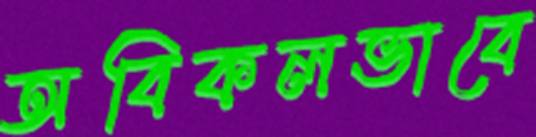
অবিকলভাবে